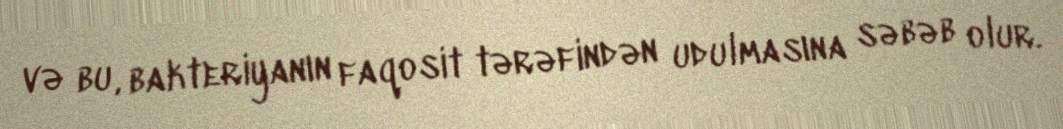
və bu, bakteriyanın faqosit tərəfindən udulmasına səbəb olur.